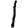
Digit: 1